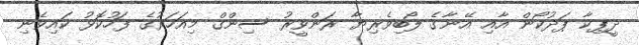
ދީޕިކާ ޕަދުކޯން އާއި އޭނާގެ ލޯބިވެރިޔާ ރަންވީރު ސިންގް މިއަހަރުގެ ފަހުކޮޅު ކައިވެނި